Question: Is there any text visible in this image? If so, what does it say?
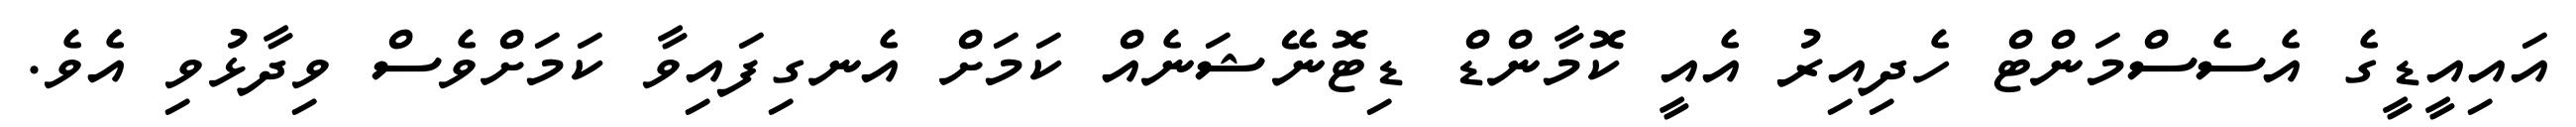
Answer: އައިއީޑީގެ އެސެސްމަންޓް ހެދިއިރު އެއީ ކޮމާންޑް ޑިޓޮނޭޝަނެއް ކަމަށް އެނގިފައިވާ ކަމަށްވެސް ވިދާޅުވި އެވެ.